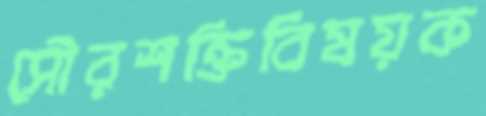
সৌরশক্তিবিষয়ক